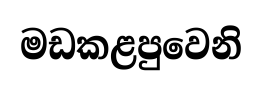
මඩකළපුවෙනි